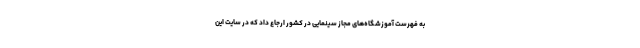
به فهرست آموزشگاه‌های مجاز سینمایی در کشور ارجاع داد که در سایت این